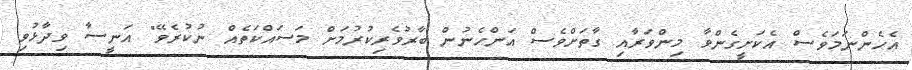
އެހެންނަމަވެސް އެކަށީގެންވާ މިންވަރާއި ގާތަށްވެސް އަންހެނުން ބާރުވެރިކުރުމަށް މަސައްކަތެއް ނުކުރެވޭ" އަނީސާ ވިދާޅުވި